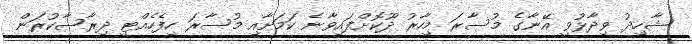
ޝާހިދު ވިދާޅުވީ އޭނާގެ މުސާރަ މިހާރު ދޫކޮށްފައިވާނެ ކަމަށާއި މުސާރަ ހިފެހެއްޓީ ދިރާސާކުރަން